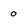
Character: 0